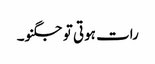
رات ہوتی تو جگنو۔